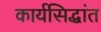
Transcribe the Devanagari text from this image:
कार्यसिद्धांत